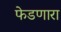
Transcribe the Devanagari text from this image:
फेडणारा